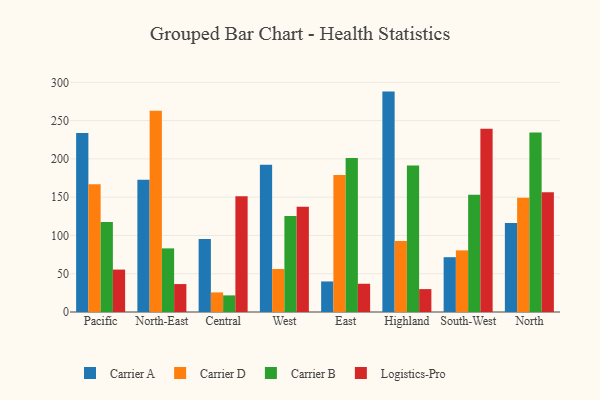
{"axis": {"x": "Region", "y": "Headcount"}, "legend": ["Carrier A", "Carrier B", "Carrier D", "Logistics-Pro"], "data": [{"x": "Pacific", "y": 233.8, "type": "Carrier A"}, {"x": "Pacific", "y": 166.9, "type": "Carrier D"}, {"x": "Pacific", "y": 117.6, "type": "Carrier B"}, {"x": "Pacific", "y": 55.4, "type": "Logistics-Pro"}, {"x": "North-East", "y": 172.9, "type": "Carrier A"}, {"x": "North-East", "y": 262.8, "type": "Carrier D"}, {"x": "North-East", "y": 83.1, "type": "Carrier B"}, {"x": "North-East", "y": 36.5, "type": "Logistics-Pro"}, {"x": "Central", "y": 95.4, "type": "Carrier A"}, {"x": "Central", "y": 25.6, "type": "Carrier D"}, {"x": "Central", "y": 21.7, "type": "Carrier B"}, {"x": "Central", "y": 151.1, "type": "Logistics-Pro"}, {"x": "West", "y": 192.5, "type": "Carrier A"}, {"x": "West", "y": 56.2, "type": "Carrier D"}, {"x": "West", "y": 125.4, "type": "Carrier B"}, {"x": "West", "y": 137.5, "type": "Logistics-Pro"}, {"x": "East", "y": 39.9, "type": "Carrier A"}, {"x": "East", "y": 179.0, "type": "Carrier D"}, {"x": "East", "y": 201.1, "type": "Carrier B"}, {"x": "East", "y": 36.9, "type": "Logistics-Pro"}, {"x": "Highland", "y": 287.9, "type": "Carrier A"}, {"x": "Highland", "y": 92.6, "type": "Carrier D"}, {"x": "Highland", "y": 191.5, "type": "Carrier B"}, {"x": "Highland", "y": 29.9, "type": "Logistics-Pro"}, {"x": "South-West", "y": 71.6, "type": "Carrier A"}, {"x": "South-West", "y": 80.5, "type": "Carrier D"}, {"x": "South-West", "y": 153.2, "type": "Carrier B"}, {"x": "South-West", "y": 239.3, "type": "Logistics-Pro"}, {"x": "North", "y": 116.1, "type": "Carrier A"}, {"x": "North", "y": 149.2, "type": "Carrier D"}, {"x": "North", "y": 234.6, "type": "Carrier B"}, {"x": "North", "y": 156.5, "type": "Logistics-Pro"}]}